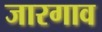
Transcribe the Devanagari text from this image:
जारगाव